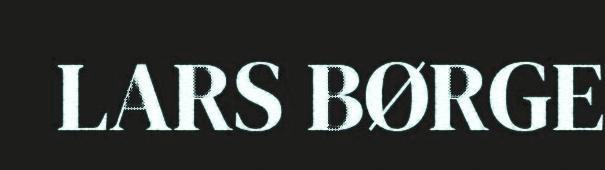
LARS BØRGE